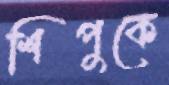
শিপুকে